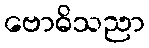
ဗောဓိသညာ